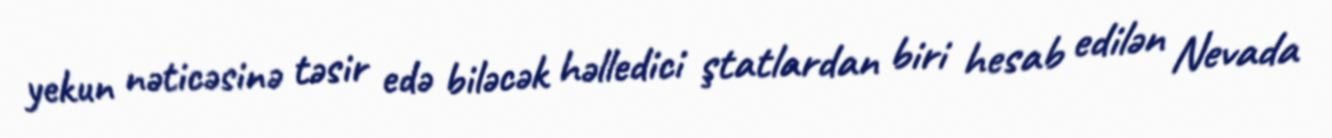
yekun nəticəsinə təsir edə biləcək həlledici ştatlardan biri hesab edilən Nevada